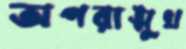
অপরাঙ্মুখ